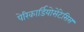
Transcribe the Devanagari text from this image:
पेरिकार्डियोसेंटेसिस